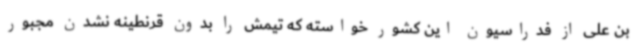
بن علی از فدراسیون این کشور خواسته که تیمش را بدون قرنطینه نشدن مجبور